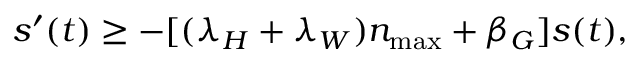
s ^ { \prime } ( t ) \geq - [ ( \lambda _ { H } + \lambda _ { W } ) n _ { \operatorname* { m a x } } + \beta _ { G } ] s ( t ) ,